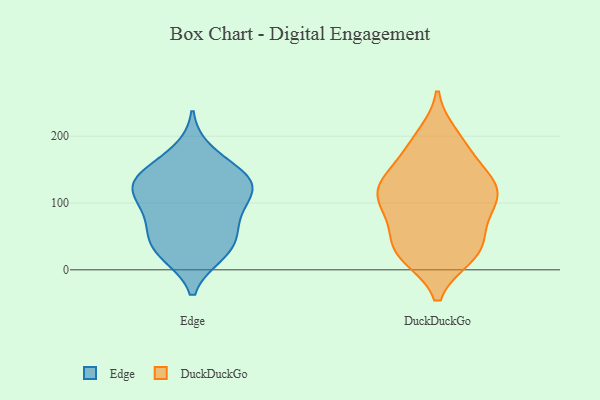
{"axis": {"x": "Shipments", "y": "Value"}, "legend": ["DuckDuckGo", "Edge"], "data": [{"x": "", "y": 149, "type": "Edge"}, {"x": "", "y": 35, "type": "Edge"}, {"x": "", "y": 118, "type": "Edge"}, {"x": "", "y": 177, "type": "Edge"}, {"x": "", "y": 130, "type": "Edge"}, {"x": "", "y": 23, "type": "Edge"}, {"x": "", "y": 105, "type": "Edge"}, {"x": "", "y": 94, "type": "Edge"}, {"x": "", "y": 48, "type": "Edge"}, {"x": "", "y": 73, "type": "Edge"}, {"x": "", "y": 64, "type": "Edge"}, {"x": "", "y": 125, "type": "Edge"}, {"x": "", "y": 23, "type": "Edge"}, {"x": "", "y": 141, "type": "Edge"}, {"x": "", "y": 132, "type": "Edge"}, {"x": "", "y": 23, "type": "DuckDuckGo"}, {"x": "", "y": 187, "type": "DuckDuckGo"}, {"x": "", "y": 105, "type": "DuckDuckGo"}, {"x": "", "y": 45, "type": "DuckDuckGo"}, {"x": "", "y": 21, "type": "DuckDuckGo"}, {"x": "", "y": 101, "type": "DuckDuckGo"}, {"x": "", "y": 41, "type": "DuckDuckGo"}, {"x": "", "y": 128, "type": "DuckDuckGo"}, {"x": "", "y": 136, "type": "DuckDuckGo"}, {"x": "", "y": 126, "type": "DuckDuckGo"}, {"x": "", "y": 200, "type": "DuckDuckGo"}, {"x": "", "y": 141, "type": "DuckDuckGo"}, {"x": "", "y": 110, "type": "DuckDuckGo"}, {"x": "", "y": 92, "type": "DuckDuckGo"}, {"x": "", "y": 22, "type": "DuckDuckGo"}, {"x": "", "y": 187, "type": "DuckDuckGo"}, {"x": "", "y": 70, "type": "DuckDuckGo"}, {"x": "", "y": 98, "type": "DuckDuckGo"}, {"x": "", "y": 146, "type": "DuckDuckGo"}, {"x": "", "y": 29, "type": "DuckDuckGo"}]}